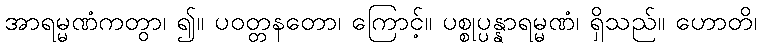
အာရမ္မဏံကတွာ၊ ၍။ ပဝတ္တနတော၊ ကြောင့်။ ပစ္စုပ္ပန္နာရမ္မဏံ၊ ရှိသည်။ ဟောတိ၊